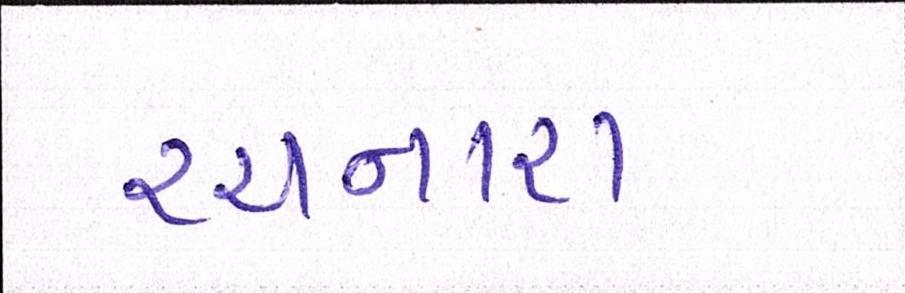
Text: રચનારા